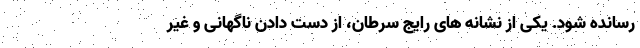
رسانده شود. یکی از نشانه های رایج سرطان، از دست دادن ناگهانی و غیر